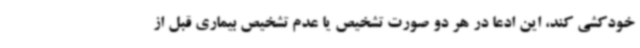
خودکشی کند، این ادعا در هر دو صورت تشخیص یا عدم تشخیص بیماری قبل از